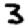
Digit: 3